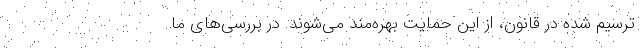
ترسیم شده در قانون، از این حمایت بهره‌مند می‌شوند. در بررسی‌های ما